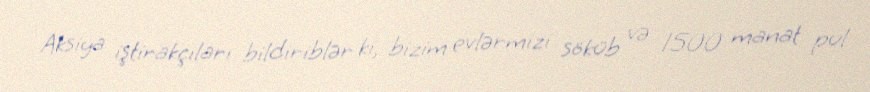
Aksiya iştirakçıları bildiriblər ki, bizim evlərmizi söküb və 1500 manat pul